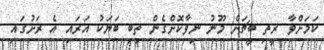
ކަމަށްވާ ރީތި ބީޗަށް މޫނު ނިވާކޮށްގެން ތިބި ބަޔަކު އަރައި އެ ރަށުގައި